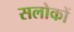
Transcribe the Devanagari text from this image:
सलोकों